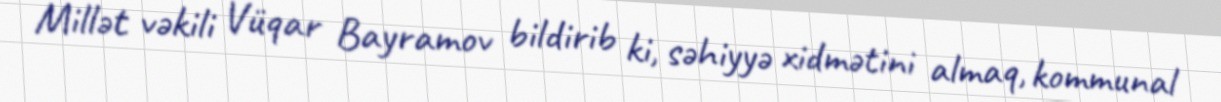
Millət vəkili Vüqar Bayramov bildirib ki, səhiyyə xidmətini almaq, kommunal